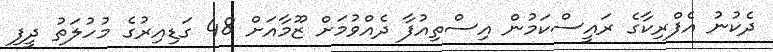
ދެކުނު އެފްރިކާގެ ރައީސްކަމުން އިސްތިއުފާ ދެއްވުމަށް ޒޫމާއަށް 48 ގަޑިއިރުގެ މުހުލަތު ދީފި